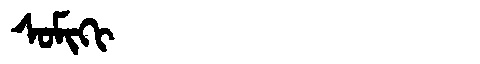
Manchu: ᠰᠣᠮᡳᡴᡳ
Romanization: SOMIKI